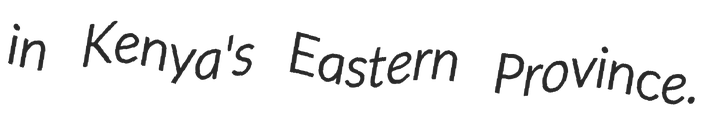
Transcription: in Kenya's Eastern Province.